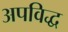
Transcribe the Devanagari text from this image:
अपविद्ध